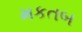
મકતબ